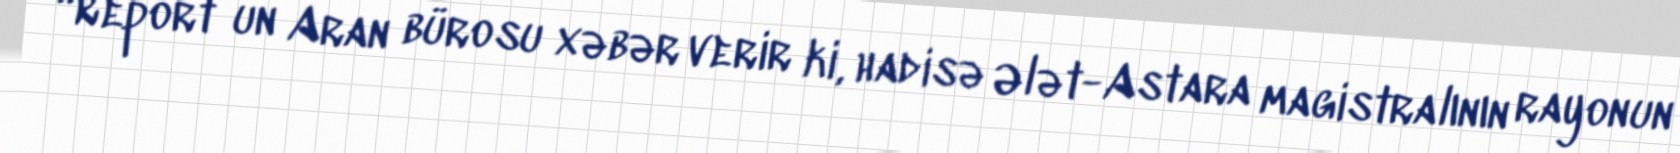
“Report”un Aran bürosu xəbər verir ki, hadisə Ələt-Astara magistralının rayonun